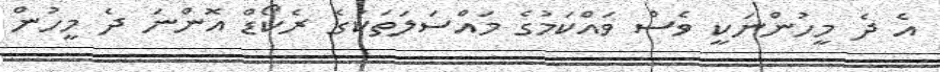
އެ ދެ މީހުންނަކީ ވެސް ވައްކަމުގެ މައްސަލަތަކުގެ ރެކޯޑް އޮންނަ ދެ މީހުން